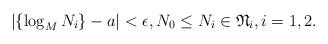
LaTeX: \begin{align*} \left|\{\log_M N_i\} - a \right| < \epsilon, N_0 \leq N_i\in \mathfrak N_i, i=1,2. \end{align*}